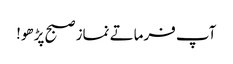
آپ فرماتے نماز صبح پڑھو!